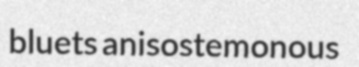
bluets anisostemonous